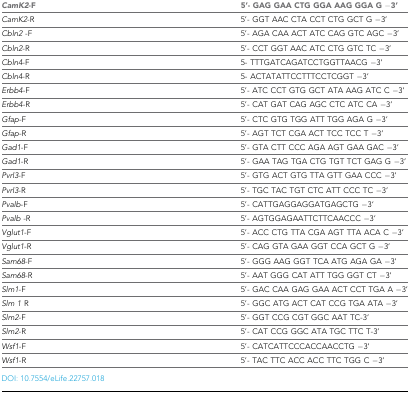
<table><thead><tr><td><b><i>CamK2</i>-F</b></td><td><b>5&#x27;- GAG GAA CTG GGA AAG GGA G −3&#x27;</b></td></tr></thead><tbody><tr><td><i>CamK2</i>-R</td><td>5&#x27;- GGT AAC CTA CCT CTG GCT G −3&#x27;</td></tr><tr><td><i>Cbln2</i> -F</td><td>5’- AGA CAA ACT ATC CAG GTC AGC −3’</td></tr><tr><td><i>Cbln2</i>-R</td><td>5’- CCT GGT AAC ATC CTG GTC TC −3’</td></tr><tr><td><i>Cbln4</i>-F</td><td>5- TTTGATCAGATCCTGGTTAACG −3’</td></tr><tr><td><i>Cbln4</i>-R</td><td>5- ACTATATTCCTTTCCTCGGT −3’</td></tr><tr><td><i>Erbb4</i>-F</td><td>5&#x27;- ATC CCT GTG GCT ATA AAG ATC C −3&#x27;</td></tr><tr><td><i>Erbb4</i>-R</td><td>5&#x27;- CAT GAT CAG AGC CTC ATC CA −3&#x27;</td></tr><tr><td><i>Gfap</i>-F</td><td>5&#x27;- CTC GTG TGG ATT TGG AGA G −3&#x27;</td></tr><tr><td><i>Gfap</i>-R</td><td>5&#x27;- AGT TCT CGA ACT TCC TCC T −3’</td></tr><tr><td><i>Gad1</i>-F</td><td>5&#x27;- GTA CTT CCC AGA AGT GAA GAC −3&#x27;</td></tr><tr><td><i>Gad1</i>-R</td><td>5&#x27;- GAA TAG TGA CTG TGT TCT GAG G −3&#x27;</td></tr><tr><td><i>Pvrl3</i>-F</td><td>5&#x27;- GTG ACT GTG TTA GTT GAA CCC −3&#x27;</td></tr><tr><td><i>Pvrl3</i>-R</td><td>5&#x27;- TGC TAC TGT CTC ATT CCC TC −3&#x27;</td></tr><tr><td><i>Pvalb</i>-F</td><td>5&#x27;- CATTGAGGAGGATGAGCTG −3‘</td></tr><tr><td><i>Pvalb</i> -R</td><td>5&#x27;- AGTGGAGAATTCTTCAACCC −3’</td></tr><tr><td><i>Vglut1</i>-F</td><td>5&#x27;- ACC CTG TTA CGA AGT TTA ACA C −3&#x27;</td></tr><tr><td><i>Vglut1</i>-R</td><td>5&#x27;- CAG GTA GAA GGT CCA GCT G −3&#x27;</td></tr><tr><td><i>Sam68</i>-F</td><td>5&#x27;- GGG AAG GGT TCA ATG AGA GA −3’</td></tr><tr><td><i>Sam68</i>-R</td><td>5&#x27;- AAT GGG CAT ATT TGG GGT CT −3’</td></tr><tr><td><i>Slm1</i>-F</td><td>5&#x27;- GAC CAA GAG GAA ACT CCT TGA A −3’</td></tr><tr><td><i>Slm 1</i> R</td><td>5&#x27;- GGC ATG ACT CAT CCG TGA ATA −3’</td></tr><tr><td><i>Slm2</i>-F</td><td>5&#x27;- GGT CCG CGT GGC AAT TC-3’</td></tr><tr><td><i>Slm2</i>-R</td><td>5&#x27;- CAT CCG GGC ATA TGC TTC T-3’</td></tr><tr><td><i>Wsf1</i>-F</td><td>5&#x27;- CATCATTCCCACCAACCTG −3&#x27;</td></tr><tr><td><i>Wsf1</i>-R</td><td>5&#x27;- TAC TTC ACC ACC TTC TGG C −3&#x27;</td></tr></tbody></table>